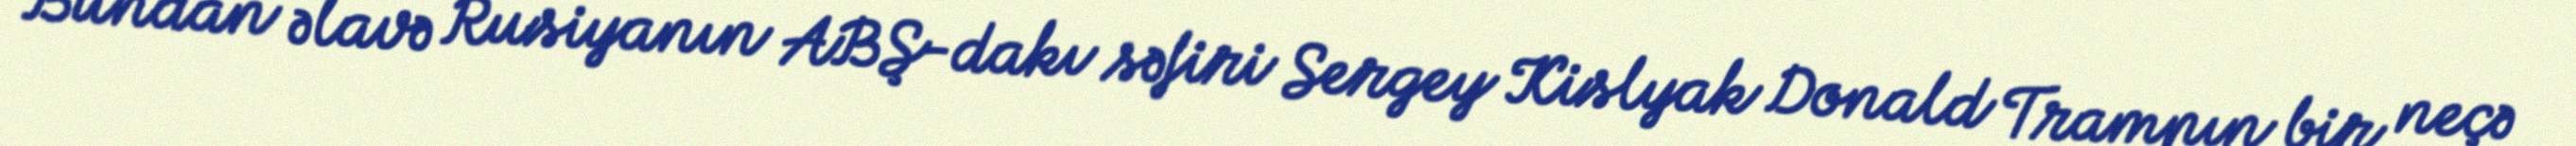
Bundan əlavə Rusiyanın ABŞ-dakı səfiri Sergey Kislyak Donald Trampın bir neçə